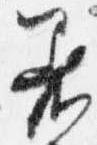
着